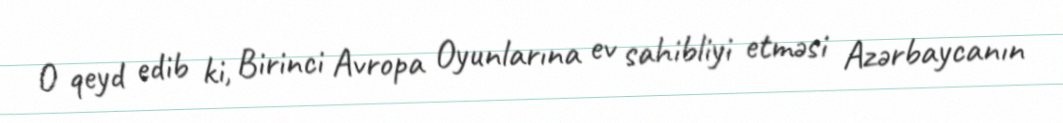
O qeyd edib ki, Birinci Avropa Oyunlarına ev sahibliyi etməsi Azərbaycanın